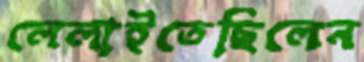
লেলাইতেছিলেন